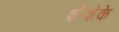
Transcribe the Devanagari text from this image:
शीशेके